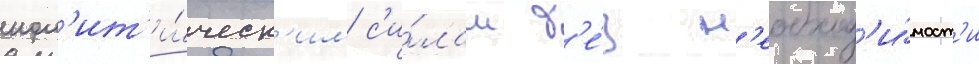
пол'ит'и́ческ'им с'и́лам б'е́з н'еобход'и́мост'и